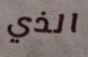
الذي